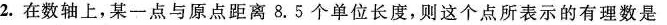
2.在数轴上，某一点与原点距离8.5个单位长度，则这个点所表示的有理数是